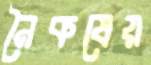
নৈকষেয়